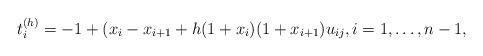
LaTeX: \begin{gather*} t_i^{(h)}=-1+(x_i-x_{i+1}+ h(1+x_i)(1+x_{i+1}) u_{ij}, i=1,\ldots,n-1, \end{gather*}